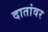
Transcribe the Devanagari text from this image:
दातांवर